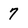
Character: 7